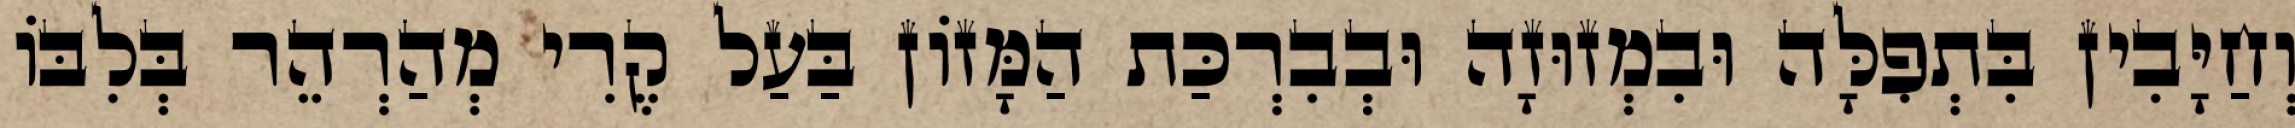
וְחַיָּבִין בִּתְפִלָּה וּבִמְזוּזָה וּבְבִרְכַּת הַמָּזוֹן בַּעַל קֶרִי מְהַרְהֵר בְּלִבּוֹ